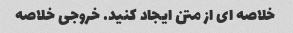
خلاصه ای از متن ایجاد کنید. خروجی خلاصه